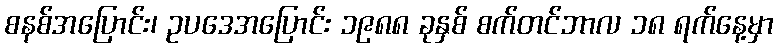
စနစ်အပြောင်း၊ ဥပဒေအပြောင်း ၁၉၈၈ ခုနှစ် စက်တင်ဘာလ ၁၈ ရက်နေ့မှာ